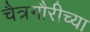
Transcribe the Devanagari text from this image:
चैत्रगौरीच्या